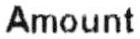
AMOUNT